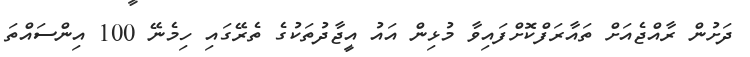
ދަށުން ރާއްޖެއަށް ތައާރަފްކޮށްފައިވާ މުޅިން އައު އީޖާދުތަކުގެ ތެރޭގައި ހިމެނޭ 100 އިންސައްތަ